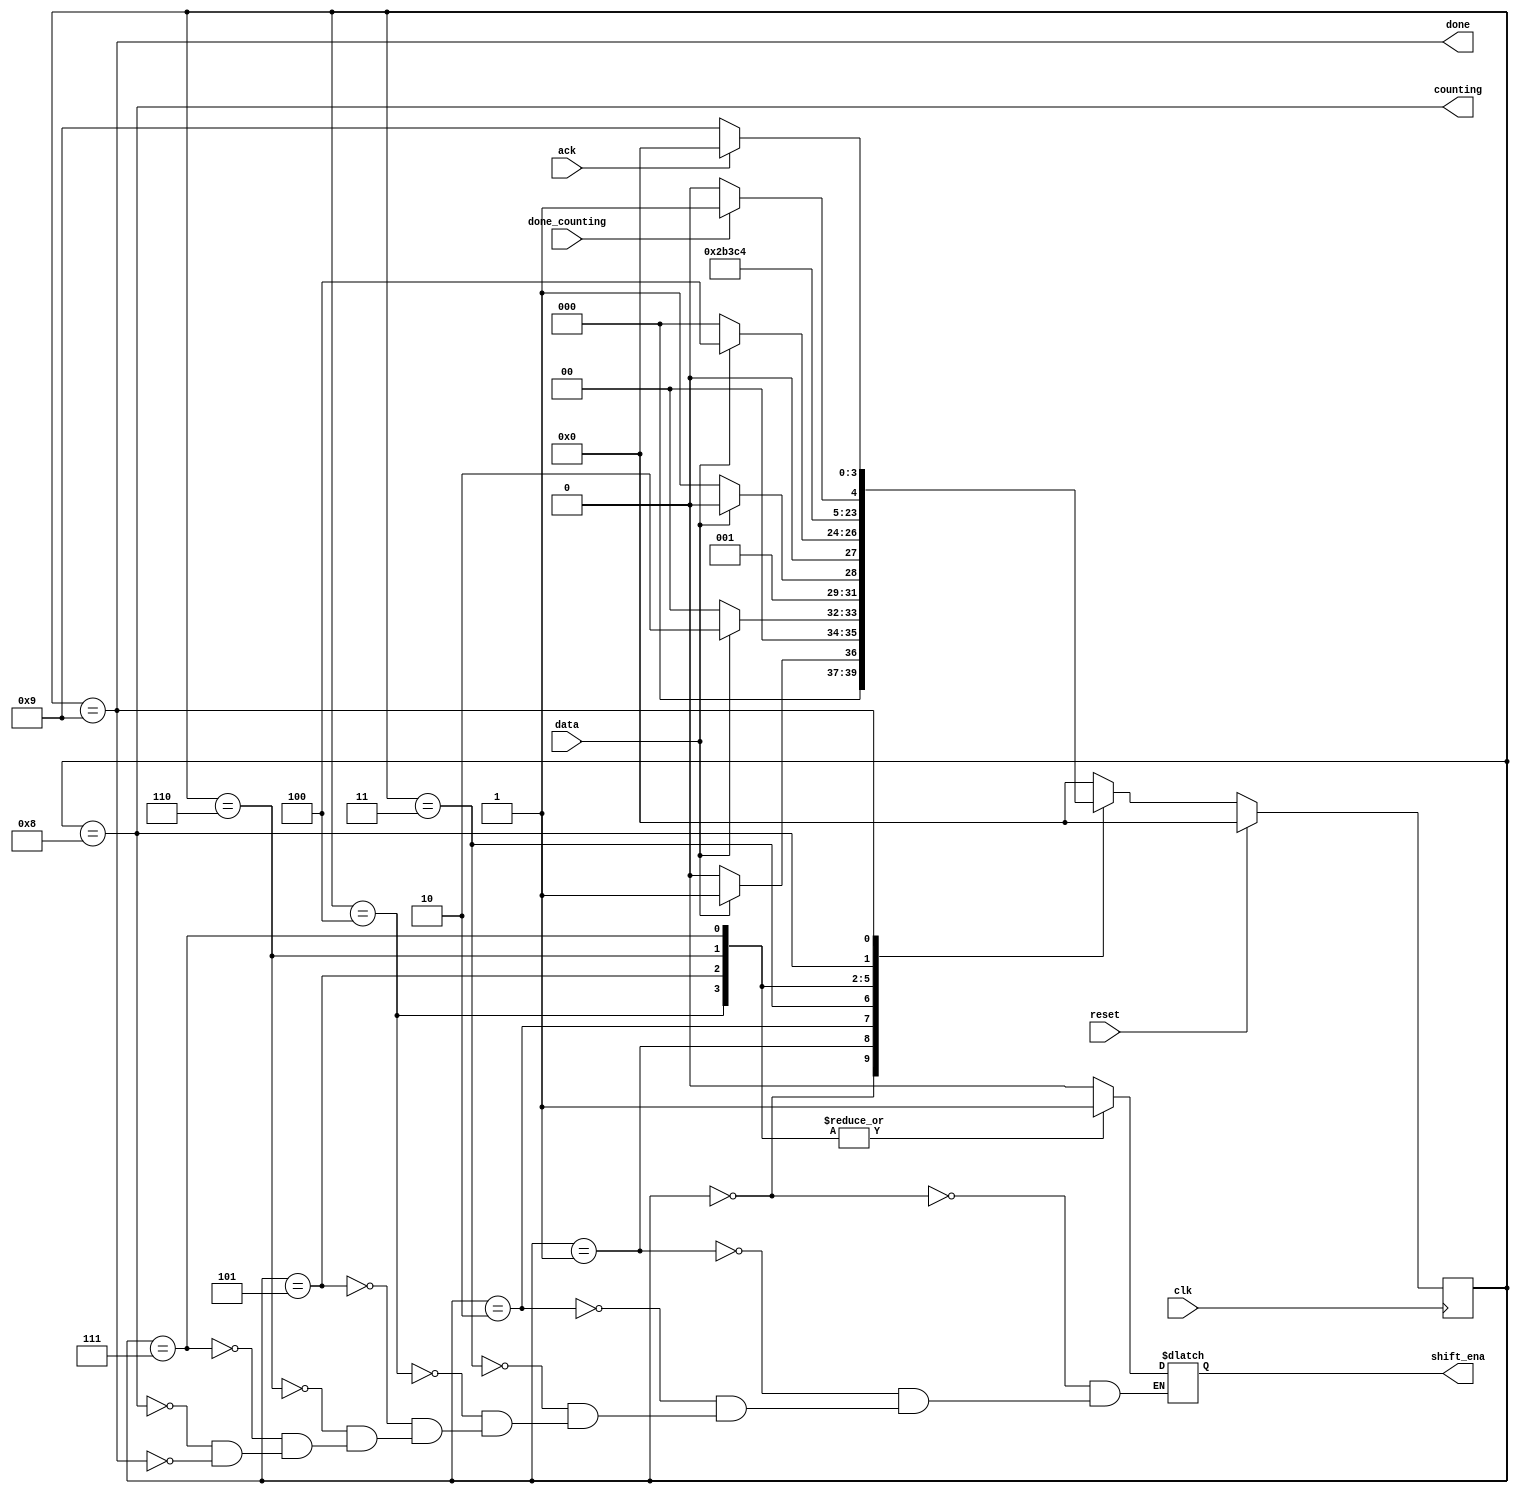
module top_module (
    input clk,
    input reset,      // Synchronous reset
    input data,
    output shift_ena,
    output counting,
    input done_counting,
    output done,
    input ack );
    parameter A=0, B=1, C=2, D=3, E=4, F=5, G=6, H=7, I=8,DONE=9;
    reg [3:0] state,next_state;
    always@(posedge clk)
        begin
            if(reset) state<=A;
            else state<=next_state;
        end
    always@(*)
        begin
            case(state)
                A:begin next_state<=data?B:A;shift_ena<=1'b0;end
                B:begin next_state<=data?C:A;shift_ena<=1'b0;end
                C:begin next_state<=data?C:D;shift_ena<=1'b0;end
                D:begin next_state<=data?E:A;shift_ena<=1'b0;end
                E:begin next_state<=F;shift_ena<=1'b1;end
                F:begin next_state<=G; shift_ena<=1'b1;end
                G:begin next_state<=H; shift_ena<=1'b1;end
                H:begin next_state<=I; shift_ena<=1'b1;end
                I:begin next_state<=(done_counting)?DONE:I;shift_ena<=1'b0;end
                DONE:begin next_state<=ack?A:DONE;shift_ena<=1'b0;end
                default:next_state<=A;
            endcase
        end
    assign counting = (state == I);
    assign done = (state == DONE);
endmodule